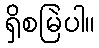
ရှိစမြဲပါ။